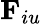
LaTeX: \textbf{F}_{iu}